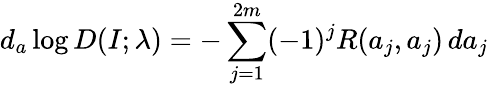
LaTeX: d_{a}\log D(I;\lambda)=-\sum_{j=1}^{2m}(-1)^{j}R(a_{j},a_{j})\, da_{j}